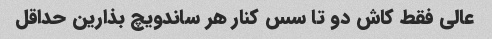
عالی فقط کاش دو تا سس کنار هر ساندویچ بذارین حداقل